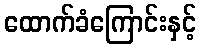
ထောက်ခံကြောင်းနှင့်